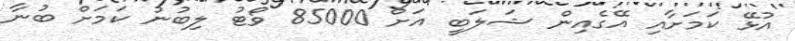
އުޅޭ ކަމަށާއި އޭގެއިން ޝަލަބީ އަށް 85000 ވޯޓު ލިބުނު ކަމަށް ބުނާ